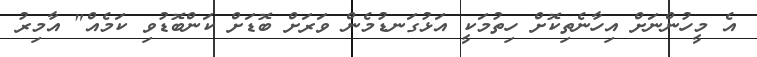
އެ މީހުންނަށް އިހާނެތިކޮށް ހިތުމަކީ އަޅުގަނޑުމެން ވަރަށް ބޮޑަށް ކަންބޮޑުވި ކަމެއް" އާމިރު